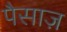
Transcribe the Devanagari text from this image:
पैसाज़